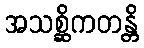
အသစ္ဆိကတန္တိ